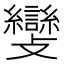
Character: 𣀵